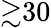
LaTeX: {\gtrsim}30